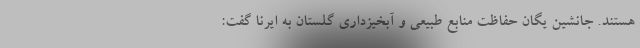
هستند. جانشین یگان حفاظت منابع طبیعی و آبخیزداری گلستان به ایرنا گفت: